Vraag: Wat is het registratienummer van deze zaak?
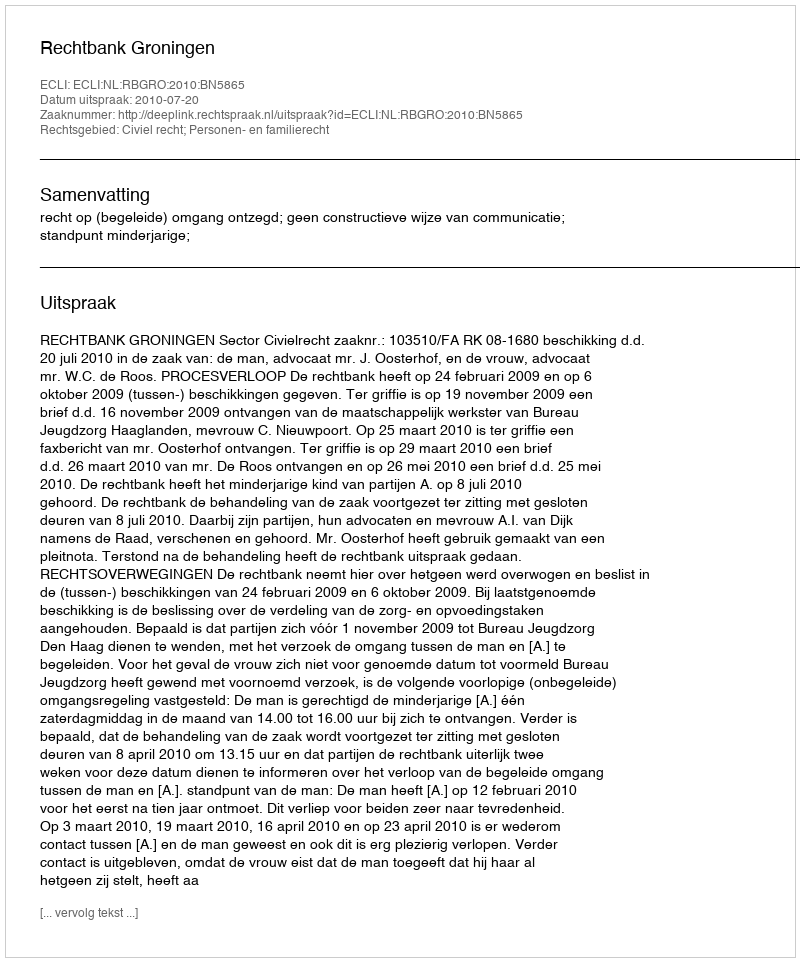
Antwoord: http://deeplink.rechtspraak.nl/uitspraak?id=ECLI:NL:RBGRO:2010:BN5865